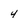
Character: 4